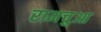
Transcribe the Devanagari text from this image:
रामचुआ